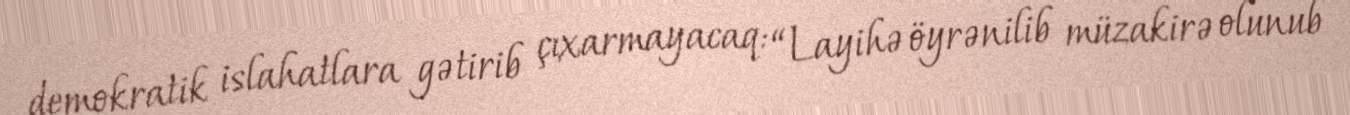
demokratik islahatlara gətirib çıxarmayacaq: “Layihə öyrənilib müzakirə olunub